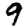
Digit: 9